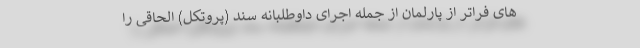
های فراتر از پارلمان از جمله اجرای داوطلبانه سند (پروتکل) الحاقی را